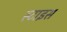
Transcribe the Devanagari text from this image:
स्टाइस